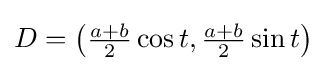
D=\left({\tfrac {a+b}{2}}\cos t,{\tfrac {a+b}{2}}\sin t\right)